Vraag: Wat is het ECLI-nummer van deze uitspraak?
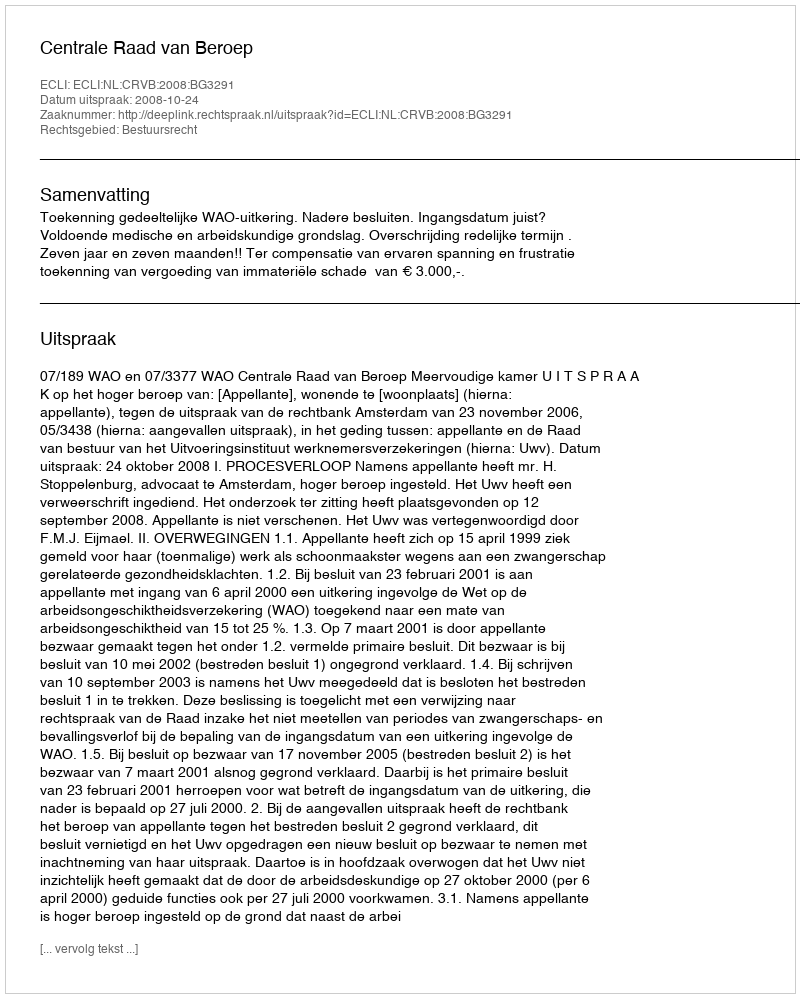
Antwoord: ECLI:NL:CRVB:2008:BG3291